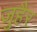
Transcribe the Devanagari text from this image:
जुहैर